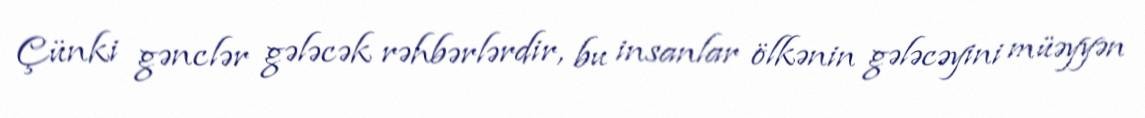
Çünki gənclər gələcək rəhbərlərdir, bu insanlar ölkənin gələcəyini müəyyən